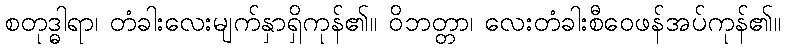
စတုဒ္ဓါရာ၊ တံခါးလေးမျက်နှာရှိကုန်၏။ ဝိဘတ္တာ၊ လေးတံခါးစီဝေဖန်အပ်ကုန်၏။